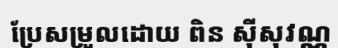
ប្រែសម្រួលដោយ ពិន ស៊ីសុវណ្ណ